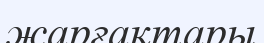
жарғақтары